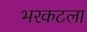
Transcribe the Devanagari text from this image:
भरकटला